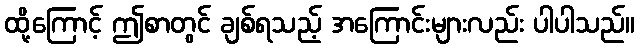
ထို့ကြောင့် ဤစာတွင် ချစ်ရသည့် အကြောင်းများလည်း ပါပါသည်။